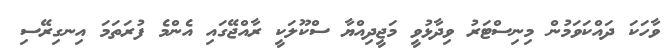
ވާހަކަ ދައްކަވަމުން މިނިސްޓަރު ވިދާޅުވީ މަޖީދިއްޔާ ސްކޫލަކީ ރާއްޖޭގައި އެންމެ ފުރަތަމަ އިނގިރޭސި